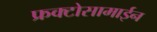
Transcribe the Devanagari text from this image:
फ्रक्टोसामाईन